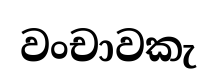
වංචාවකැ